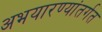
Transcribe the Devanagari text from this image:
अभयारण्यांतर्गत